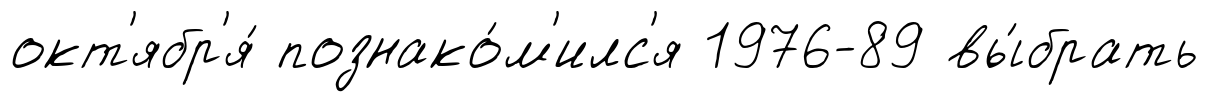
окт'ябр'я́ познако́м'илс'я 1976-89 вы́брать